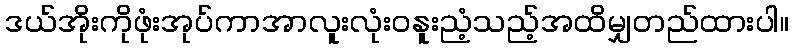
ဒယ်အိုးကိုဖုံးအုပ်ကာအာလူးလုံးဝနူးညံ့သည့်အထိမျှတည်ထားပါ။